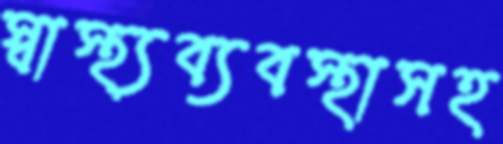
স্বাস্থ্যব্যবস্থাসহ